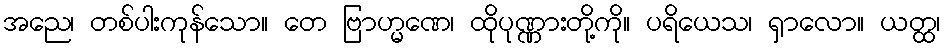
အညေ၊ တစ်ပါးကုန်သော။ တေ ဗြာဟ္မဏေ၊ ထိုပုဏ္ဏားတို့ကို။ ပရိယေသ၊ ရှာလော။ ယတ္ထ၊